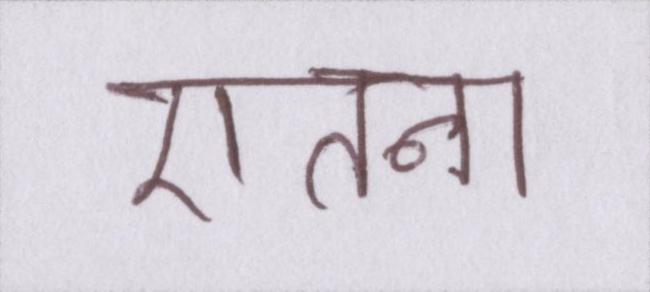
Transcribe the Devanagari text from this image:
एतना